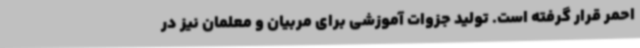
احمر قرار گرفته است. تولید جزوات آموزشی برای مربیان و معلمان نیز در